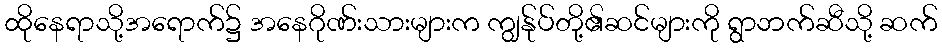
ထိုနေရာသို့အရောက်၌ အနေဂိုဏ်းသားများက ကျွန်ုပ်တို့၏ဆင်များကို ရွာဘက်ဆီသို့ ဆက်